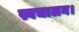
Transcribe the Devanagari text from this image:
स्वचालन।